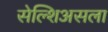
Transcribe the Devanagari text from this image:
सेल्शिअसला